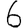
Digit: 6